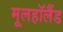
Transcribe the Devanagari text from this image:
मूलहॉलैंड